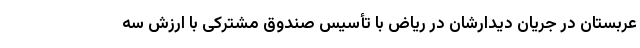
عربستان در جریان دیدارشان در ریاض با تأسیس صندوق مشترکی با ارزش سه